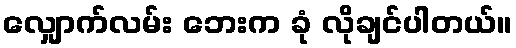
လျှောက်လမ်း ဘေးက ခုံ လိုချင်ပါတယ်။